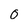
Character: O